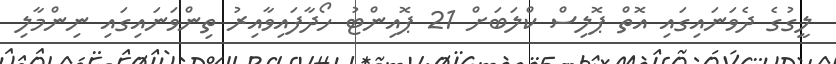
ލީގުގެ ދެވަނައިގައި އޮތް ޕޮލިސް ކްލަބަށް 21 ޕޮއިންޓު ހޯދާފައިވާއިރު ތިންވަނައިގައި ނިންމާލި